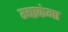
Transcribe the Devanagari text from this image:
म्बाकंगा